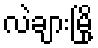
လဲချားမြို့